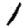
Digit: 1